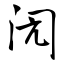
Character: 闶